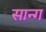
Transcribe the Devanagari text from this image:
सान्ग